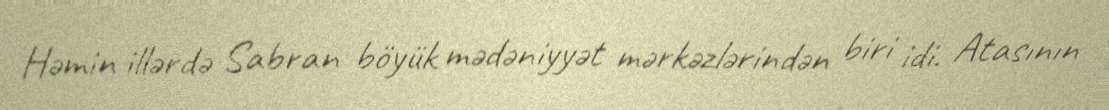
Həmin illərdə Sabran böyük mədəniyyət mərkəzlərindən biri idi. Atasının